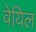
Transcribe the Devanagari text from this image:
वेयिल